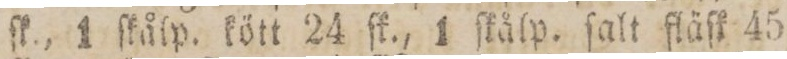
ſk., 1 ſkålp. kött 24 ſk., 1 ſkålp. ſalt fläſk 45